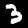
Digit: 3